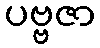
ပဗ္ဗဇာ